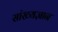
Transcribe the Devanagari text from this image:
सांख्यज्ञान